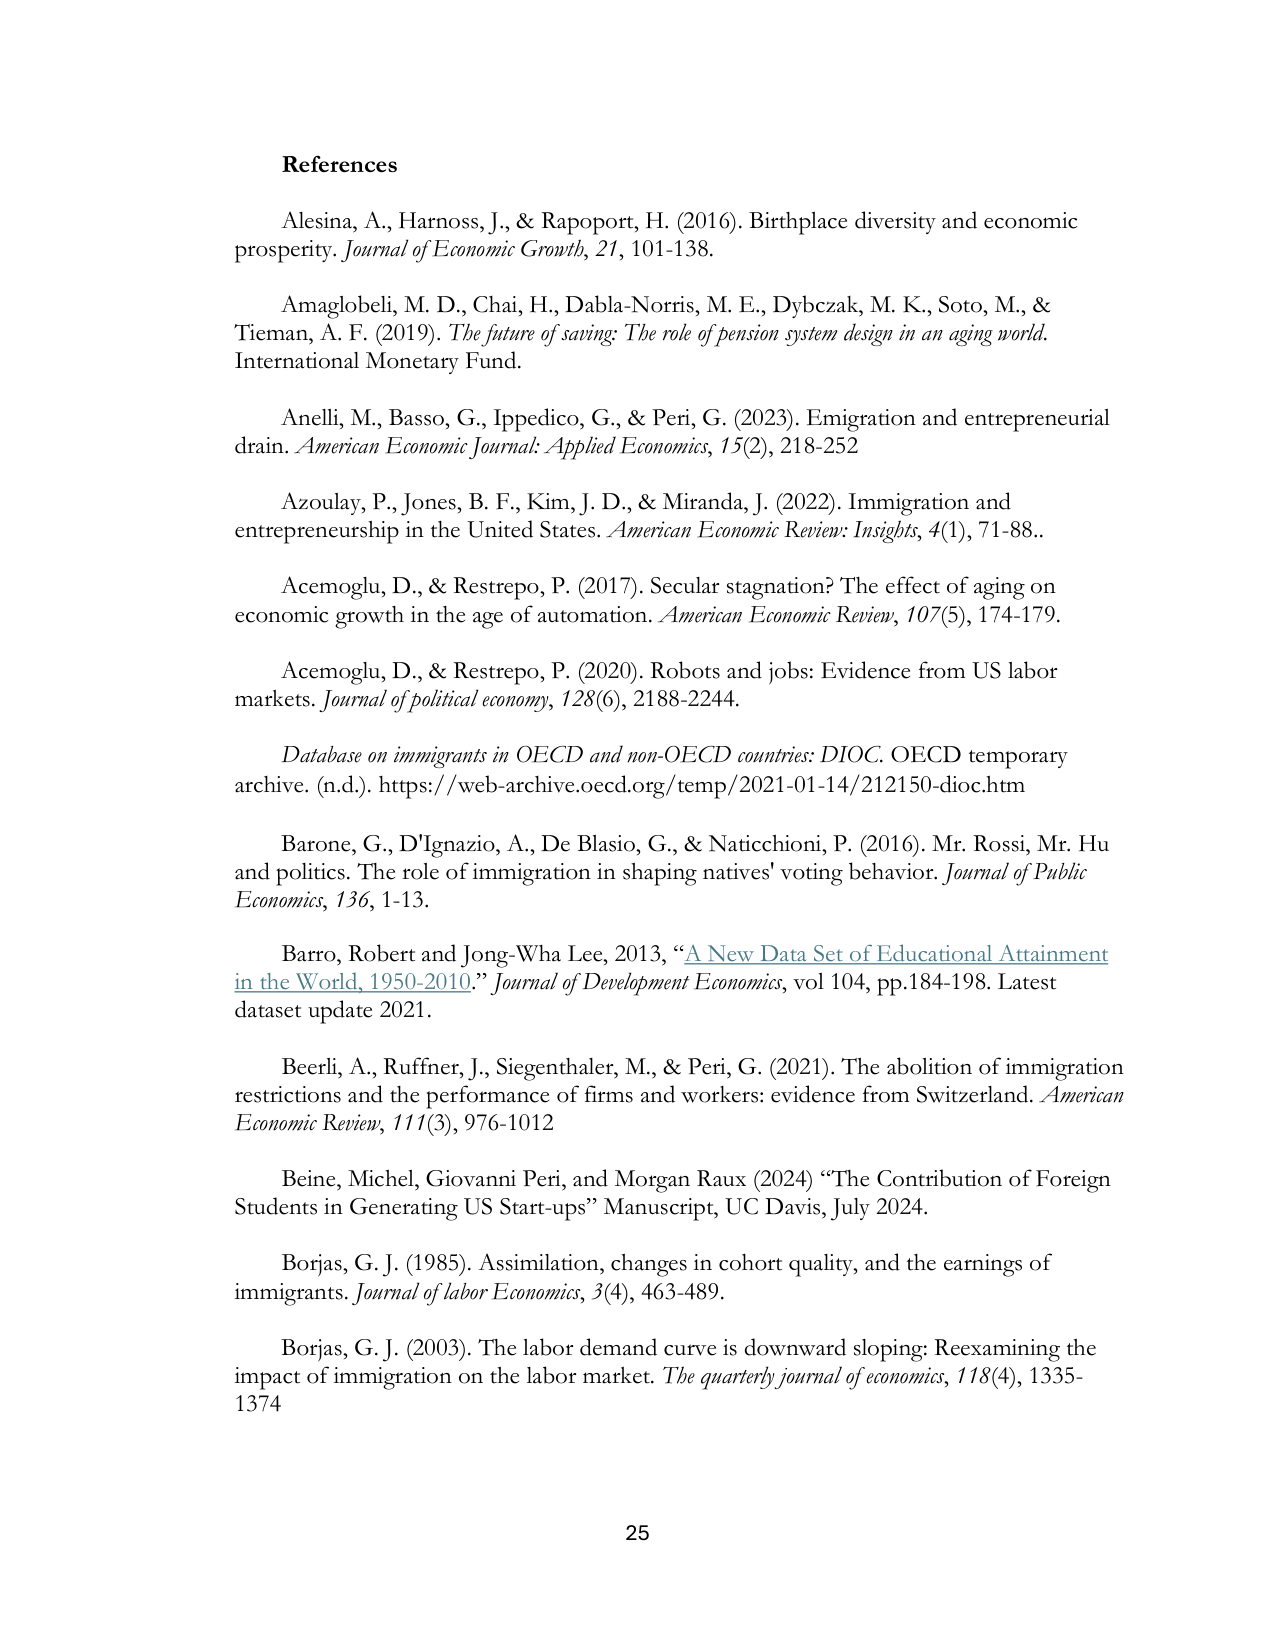
References

Alesina, A., Harnoss, J., & Rapoport, H. (2016). Birthplace diversity and economic prosperity. Journal of Economic Growth, 21, 101-138.

Amaglobeli, M. D., Chai, H., Dabla-Norris, M. E., Dybczak, M. K., Soto, M., & Tieman, A. F. (2019). The future of saving: The role of pension system design in an aging world. International Monetary Fund.

Anelli, M., Basso, G., Ippedico, G., & Peri, G. (2023). Emigration and entrepreneurial drain. American Economic Journal: Applied Economics, 15(2), 218-252

Azoulay, P., Jones, B. F., Kim, J. D., & Miranda, J. (2022). Immigration and entrepreneurship in the United States. American Economic Review: Insights, 4(1), 71-88.

Acemoglu, D., & Restrepo, P. (2017). Secular stagnation? The effect of aging on economic growth in the age of automation. American Economic Review, 107(5), 174-179.

Acemoglu, D., & Restrepo, P. (2020). Robots and jobs: Evidence from US labor markets. Journal of political economy, 128(6), 2188-2244.

Database on immigrants in OECD and non-OECD countries: DIOC. OECD temporary archive. (n.d.). https://web-archive.oecd.org/temp/2021-01-14/212150-dioc.htm

Barone, G., D'Ignazio, A., De Blasio, G., & Naticchioni, P. (2016). Mr. Rossi, Mr. Hu and politics. The role of immigration in shaping natives' voting behavior. Journal of Public Economics, 136, 1-13.

Barro, Robert and Jong-Wha Lee, 2013, “A New Data Set of Educational Attainment in the World, 1950-2010.” Journal of Development Economics, vol 104, pp.184-198. Latest dataset update 2021.

Beerli, A., Ruffner, J., Siegenthaler, M., & Peri, G. (2021). The abolition of immigration restrictions and the performance of firms and workers: evidence from Switzerland. American Economic Review, 111(3), 976-1012

Beine, Michel, Giovanni Peri, and Morgan Raux (2024) “The Contribution of Foreign Students in Generating US Start-ups” Manuscript, UC Davis, July 2024.

Borjas, G. J. (1985). Assimilation, changes in cohort quality, and the earnings of immigrants. Journal of labor Economics, 3(4), 463-489.

Borjas, G. J. (2003). The labor demand curve is downward sloping: Reexamining the impact of immigration on the labor market. The quarterly journal of economics, 118(4), 1335-1374

25